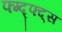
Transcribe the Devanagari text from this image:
फ्ग्द्फ्द्स